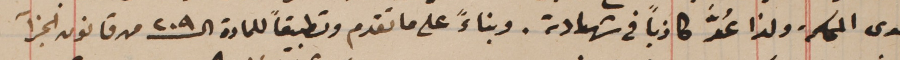
لدى المحكمة ولذا عُدَّ كاذباً فى شهادته. وبناءً على ما تقدم وتطبيقاً للمادة الـ ٢٠٩ من قانون الجزآ